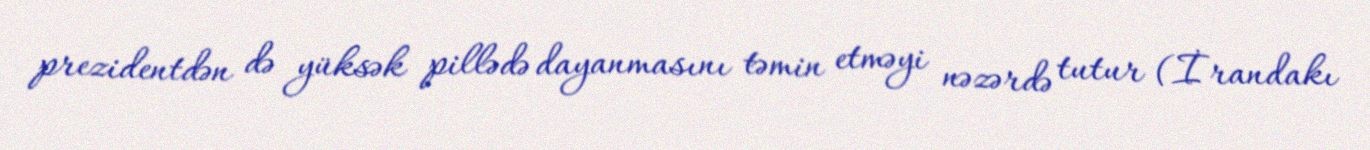
prezidentdən də yüksək pillədə dayanmasını təmin etməyi nəzərdə tutur (İrandakı